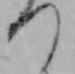
つ